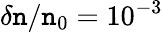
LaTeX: \delta\mathtt{n}/\mathtt{n}_{0}=10^{-3}